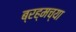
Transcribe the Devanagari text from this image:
ब्रह्मच्या